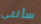
سألنى